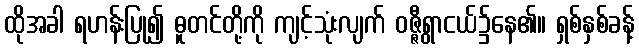
ထိုအခါ ရဟန်းပြု၍ ဓူတင်တို့ကို ကျင့်သုံးလျက် ဝဇ္ဇီရွာငယ်၌နေ၏။ ရှစ်နှစ်ခန့်